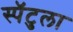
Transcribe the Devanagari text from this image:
स्पॅटुला